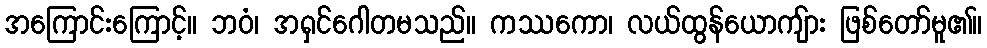
အကြောင်းကြောင့်။ ဘဝံ၊ အရှင်ဂေါတမသည်။ ကဿကော၊ လယ်ထွန်ယောကျ်ား ဖြစ်တော်မူ၏။